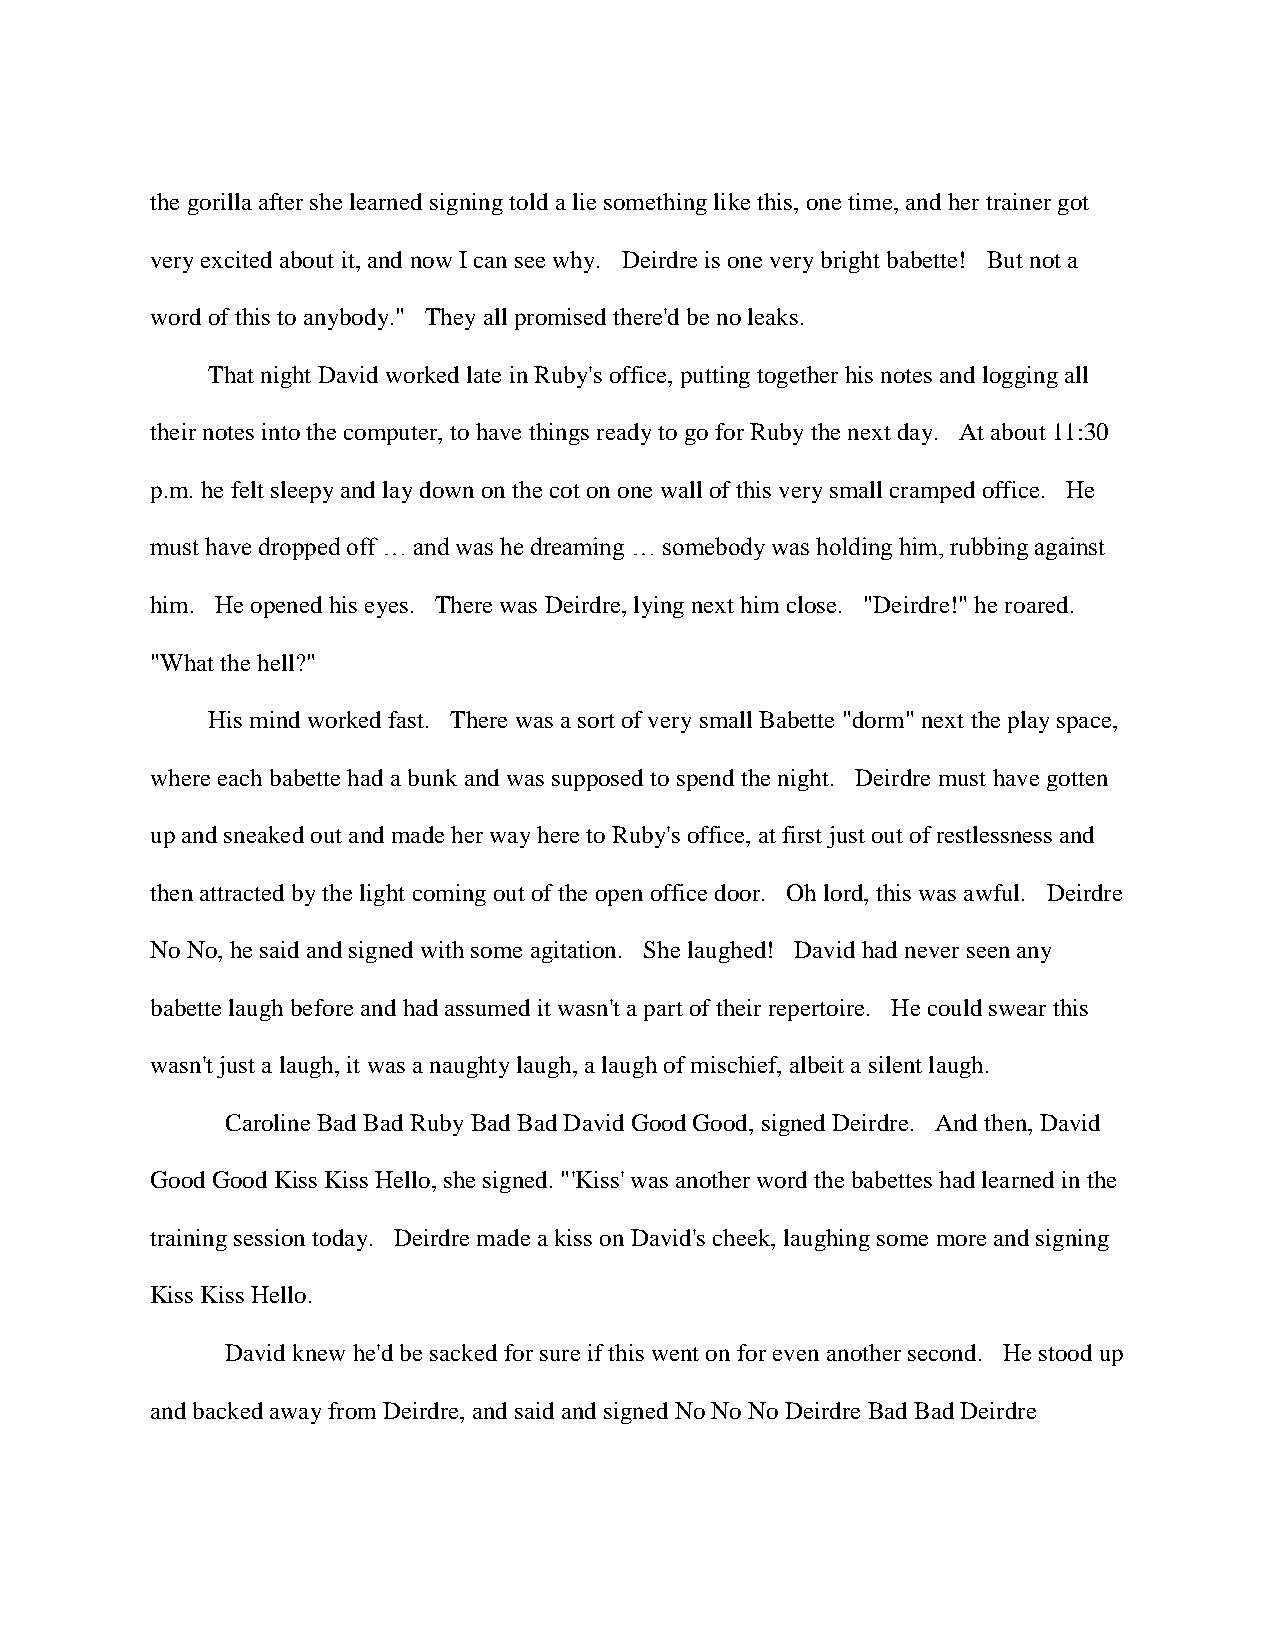
the gorilla after she learned signing told a lie something like this, one time, and her trainer got
 very excited about it, and now I can see why. Deirdre is one very bright babette! But not a
 word of this to anybody." They all promised there'd be no leaks.
 That night David worked late in Ruby's office, putting together his notes and logging all
 their notes into the computer, to have things ready to go for Ruby the next day. At about 11:30
 p.m. he felt sleepy and lay down on the cot on one wall of this very small cramped office. He
 must have dropped off … and was he dreaming … somebody was holding him, rubbing against
 him. He opened his eyes. There was Deirdre, lying next him close. "Deirdre!" he roared.
 "What the hell?"
 His mind worked fast. There was a sort of very small Babette "dorm" next the play space,
 where each babette had a bunk and was supposed to spend the night. Deirdre must have gotten
 up and sneaked out and made her way here to Ruby's office, at first just out of restlessness and
 then attracted by the light coming out of the open office door. Oh lord, this was awful. Deirdre
 No No, he said and signed with some agitation. She laughed! David had never seen any
 babette laugh before and had assumed it wasn't a part of their repertoire. He could swear this
 wasn't just a laugh, it was a naughty laugh, a laugh of mischief, albeit a silent laugh.
 Caroline Bad Bad Ruby Bad Bad David Good Good, signed Deirdre. And then, David
 Good Good Kiss Kiss Hello, she signed. "'Kiss' was another word the babettes had learned in the
 training session today. Deirdre made a kiss on David's cheek, laughing some more and signing
 Kiss Kiss Hello.
 David knew he'd be sacked for sure if this went on for even another second. He stood up
 and backed away from Deirdre, and said and signed No No No Deirdre Bad Bad Deirdre